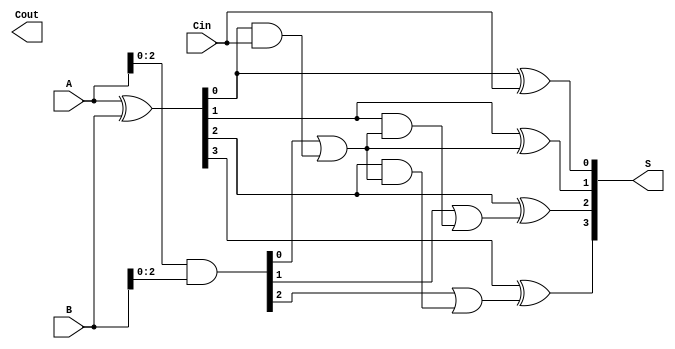
module SklanskyAdder #(parameter n = 4) (
    input [n-1:0] A,      // First n-bit input
    input [n-1:0] B,      // Second n-bit input
    input Cin,            // Input carry
    output [n-1:0] S,     // Sum output
    output Cout           // Carry output
);

    // Generate and Propagate signals
    wire [n-1:0] G; // Generate signals
    wire [n-1:0] P; // Propagate signals
    wire [n:0] C;    // Carry signals

    // Generate and Propagate calculations
    assign G = A & B; // Generate
    assign P = A ^ B; // Propagate

    // Initialize carry signals
    assign C[0] = Cin;

    // Level 1 carry calculations
    genvar i;
    generate
        for (i = 0; i < n/2; i = i + 1) begin : level1
            assign C[i + 1] = G[i] | (P[i] & C[i]);
        end
    endgenerate

    // Level 2 carry calculations
    generate
        for (i = 0; i < n/4; i = i + 1) begin : level2
            assign C[i + 1 + n/2] = G[i + n/2] | (P[i + n/2] & C[i + 1]);
        end
    endgenerate

    // Level 3 carry calculations
    generate
        for (i = 0; i < n/8; i = i + 1) begin : level3
            assign C[i + 1 + n/4] = G[i + n/4] | (P[i + n/4] & C[i + 1 + n/2]);
        end
    endgenerate

    // Final carry out
    assign Cout = C[n];

    // Sum calculation
    generate
        for (i = 0; i < n; i = i + 1) begin : sum
            assign S[i] = P[i] ^ C[i];
        end
    endgenerate

endmodule